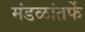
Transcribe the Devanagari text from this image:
मंडळांतर्फे